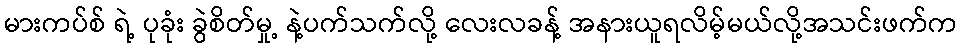
မားကပ်စ် ရဲ့ ပုခုံး ခွဲစိတ်မှု့ နဲ့ပက်သက်လို့ လေးလခန့် အနားယူရလိမ့်မယ်လို့အသင်းဖက်က